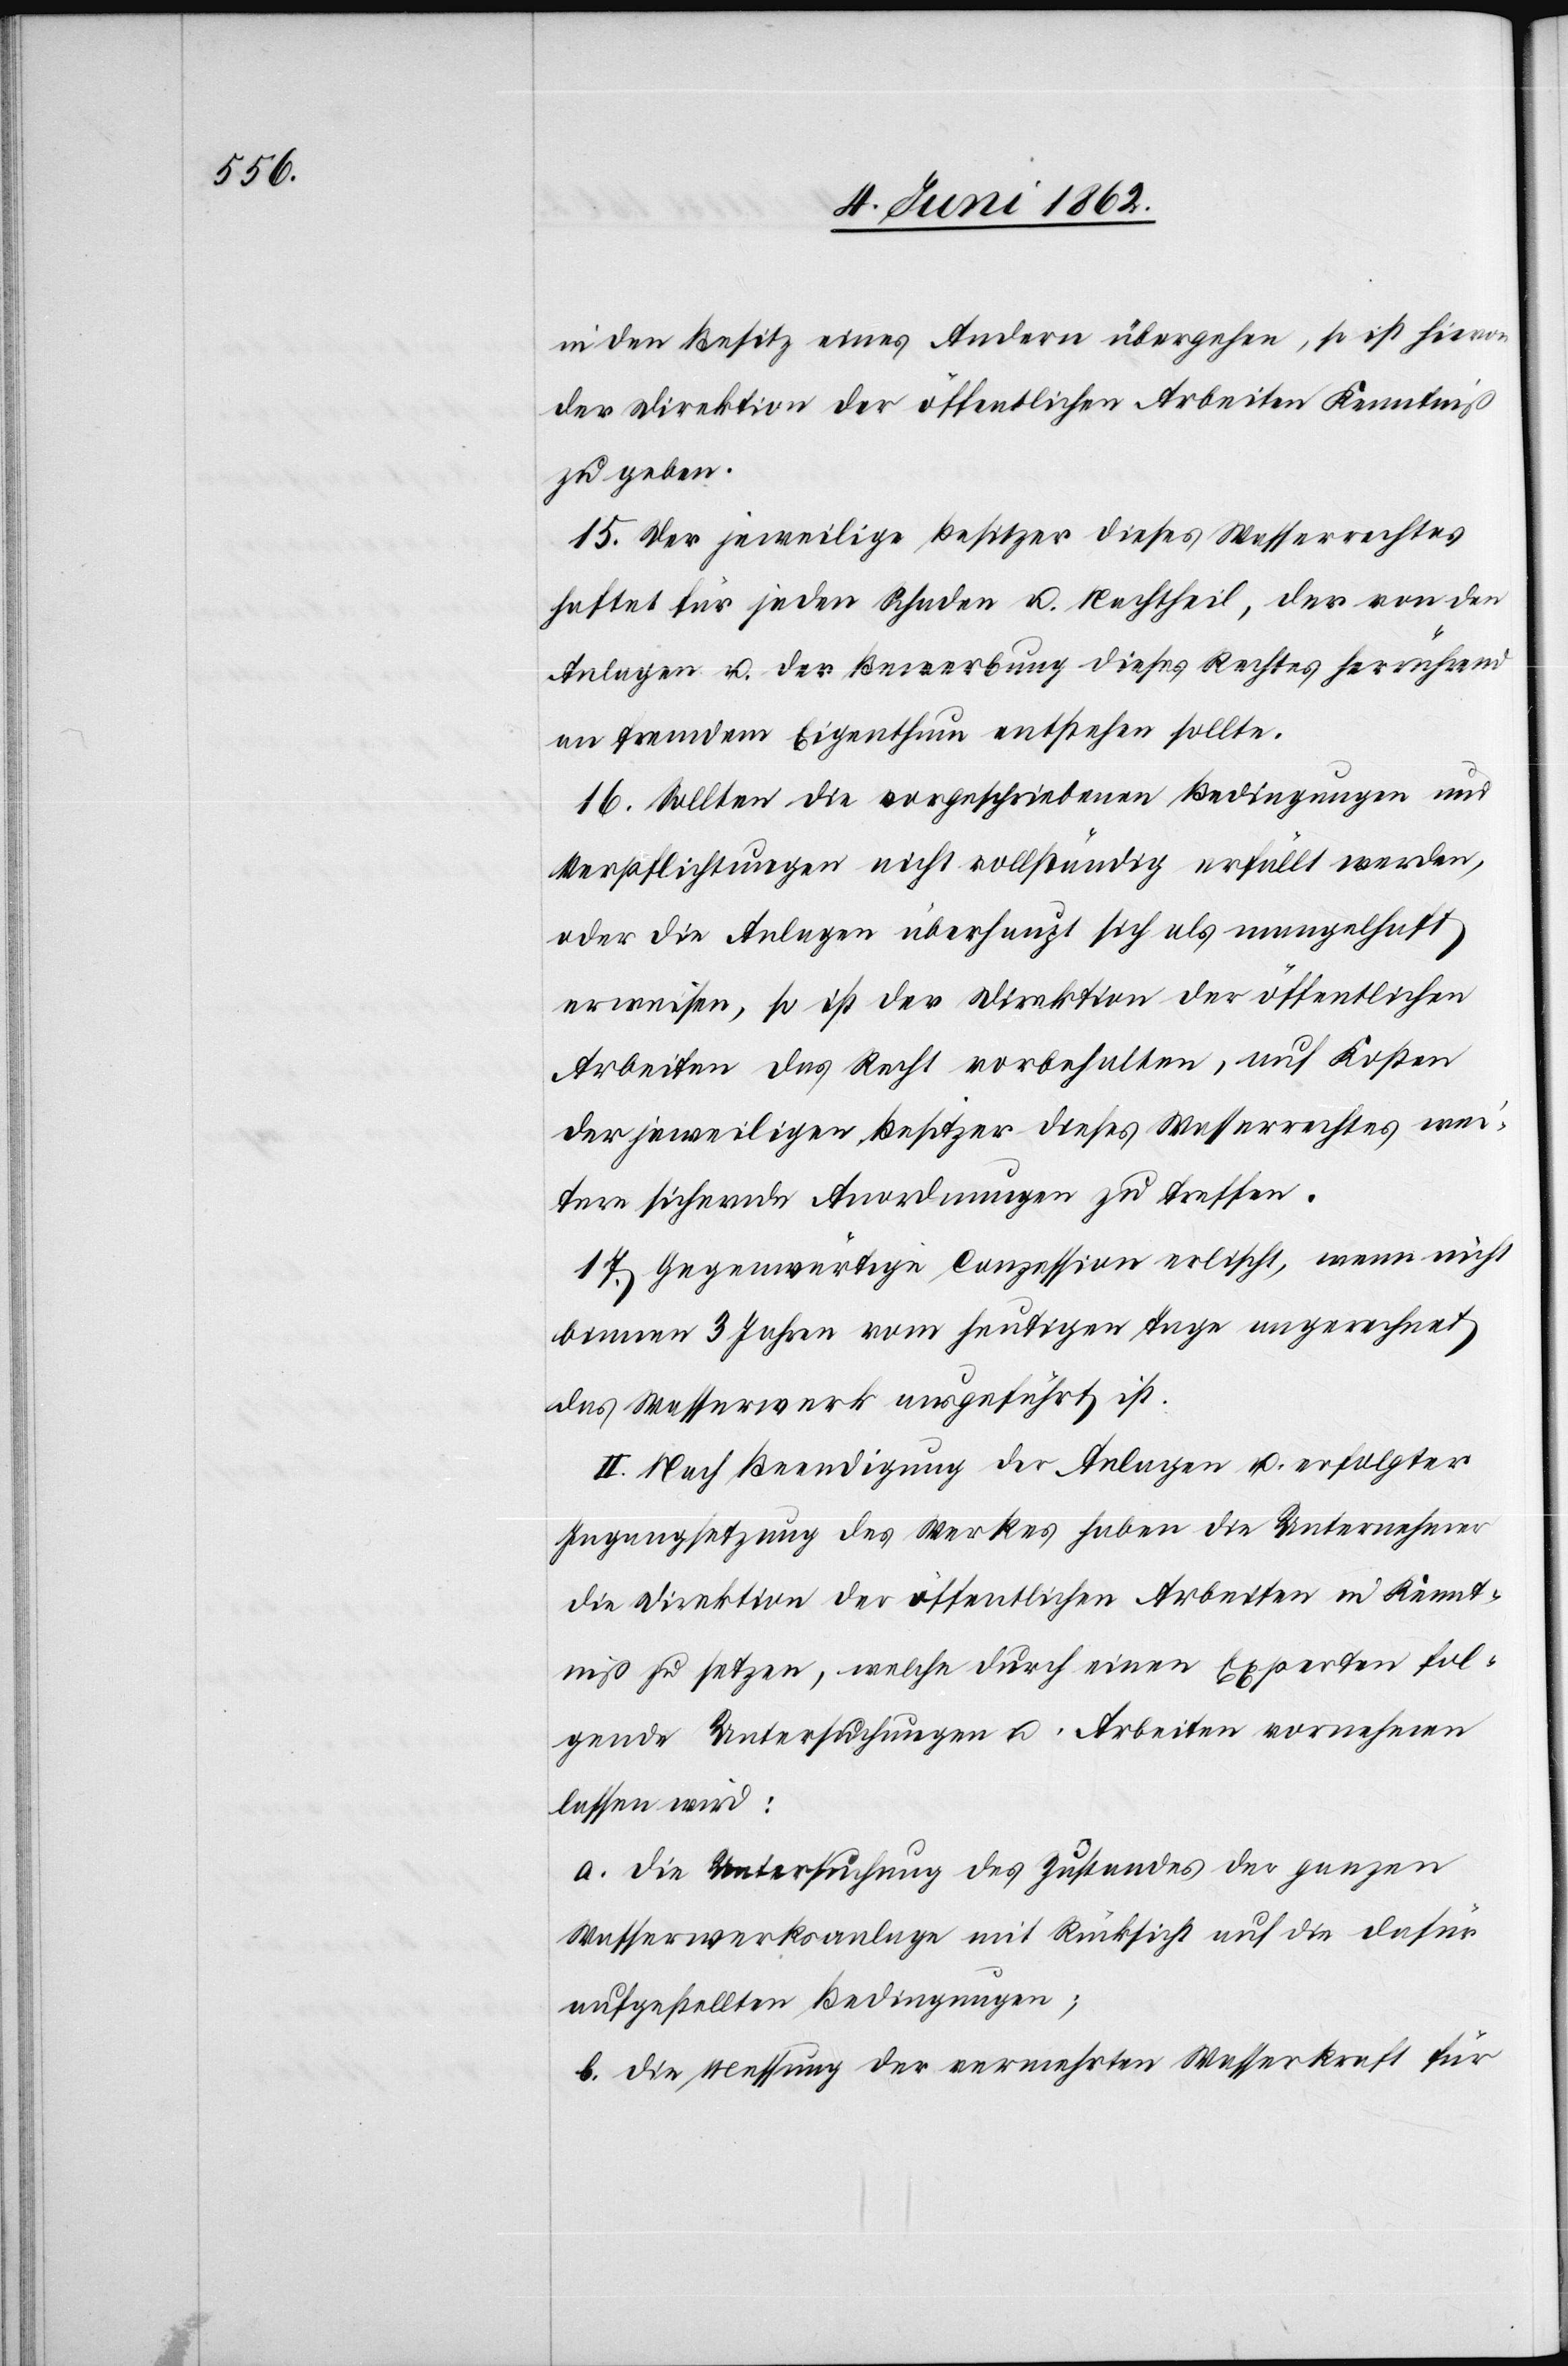
in den Besitz eines Andern übergehen, so ist hievon
der Direktion der öffentlichen Arbeiten Kenntniß
zu geben.
15. Der jeweilige Besitzer dieses Wasserrechtes
haftet für jeden Schaden u. Nachtheil, der von den
Anlagen u. der Bewebung dieses Rechtes herrührend
an fremdem Eigenthum entstehen sollte.
16. Sollten die vorgeschriebenen Bedingungen und
Verpflichtungen nicht vollständig erfüllt werden,
oder die Anlagen überhaupt sich als mangelhaft
erweisen, so ist der Direktion der öffentlichen
Arbeiten das Recht vorbehalten, auf Kosten
der jeweiligen Besitzer dieses Wasserrechtes wei¬
tere sichernde Anordnungen zu treffen.
17. Gegenwärtige Conzession erlischt, wenn nicht
binnen 3 Jahren vom heutigen Tage angerechnet
das Wasserwerk ausgeführt ist.
II. Nach Beendigung der Anlagen u. erfolgter
Ingangsetzung des Werkes haben die Unternehmer
die Direktion der öffentlichen Arbeiten in Kennt¬
niß zu setzen, welche durch einen Experten fol¬
gende Untersuchungen u. Arbeiten vornehmen
lassen wird;
a. Die Untersuchung des Zustandes der ganzen
Wasserwerksanlage mit Rücksicht auf die dafür
aufgestellten Bedingungen;
b. Die Messung der vermehrten Wasserkraft für